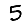
Digit: 5